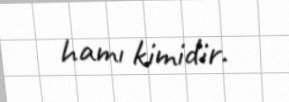
hamı kimidir.